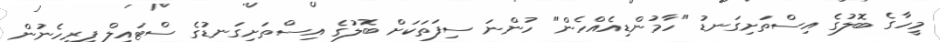
މީހާގެ ބޮލުގެ އިސްތަށިގަނޑު "ހާމުންޑިއެއްހެން" ހުންނަ ސިފަތަކަށް ބޮލުގެ އިސްތަށިގަނޑުގެ ސްޓައިލް ފިރިހެނުން